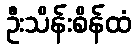
ဦးသိန်းစိန်ထံ